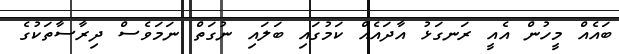
ބައެއް މީހުން އެއީ ރަނގަޅު އާދައެއް ކަމުގައި ބަލައި ނުގަތް ނަމަވެސް ދިރާސާތަކުގެ